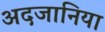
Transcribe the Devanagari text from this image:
अदजानिया